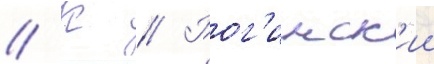
// К // Рог'инск'ии